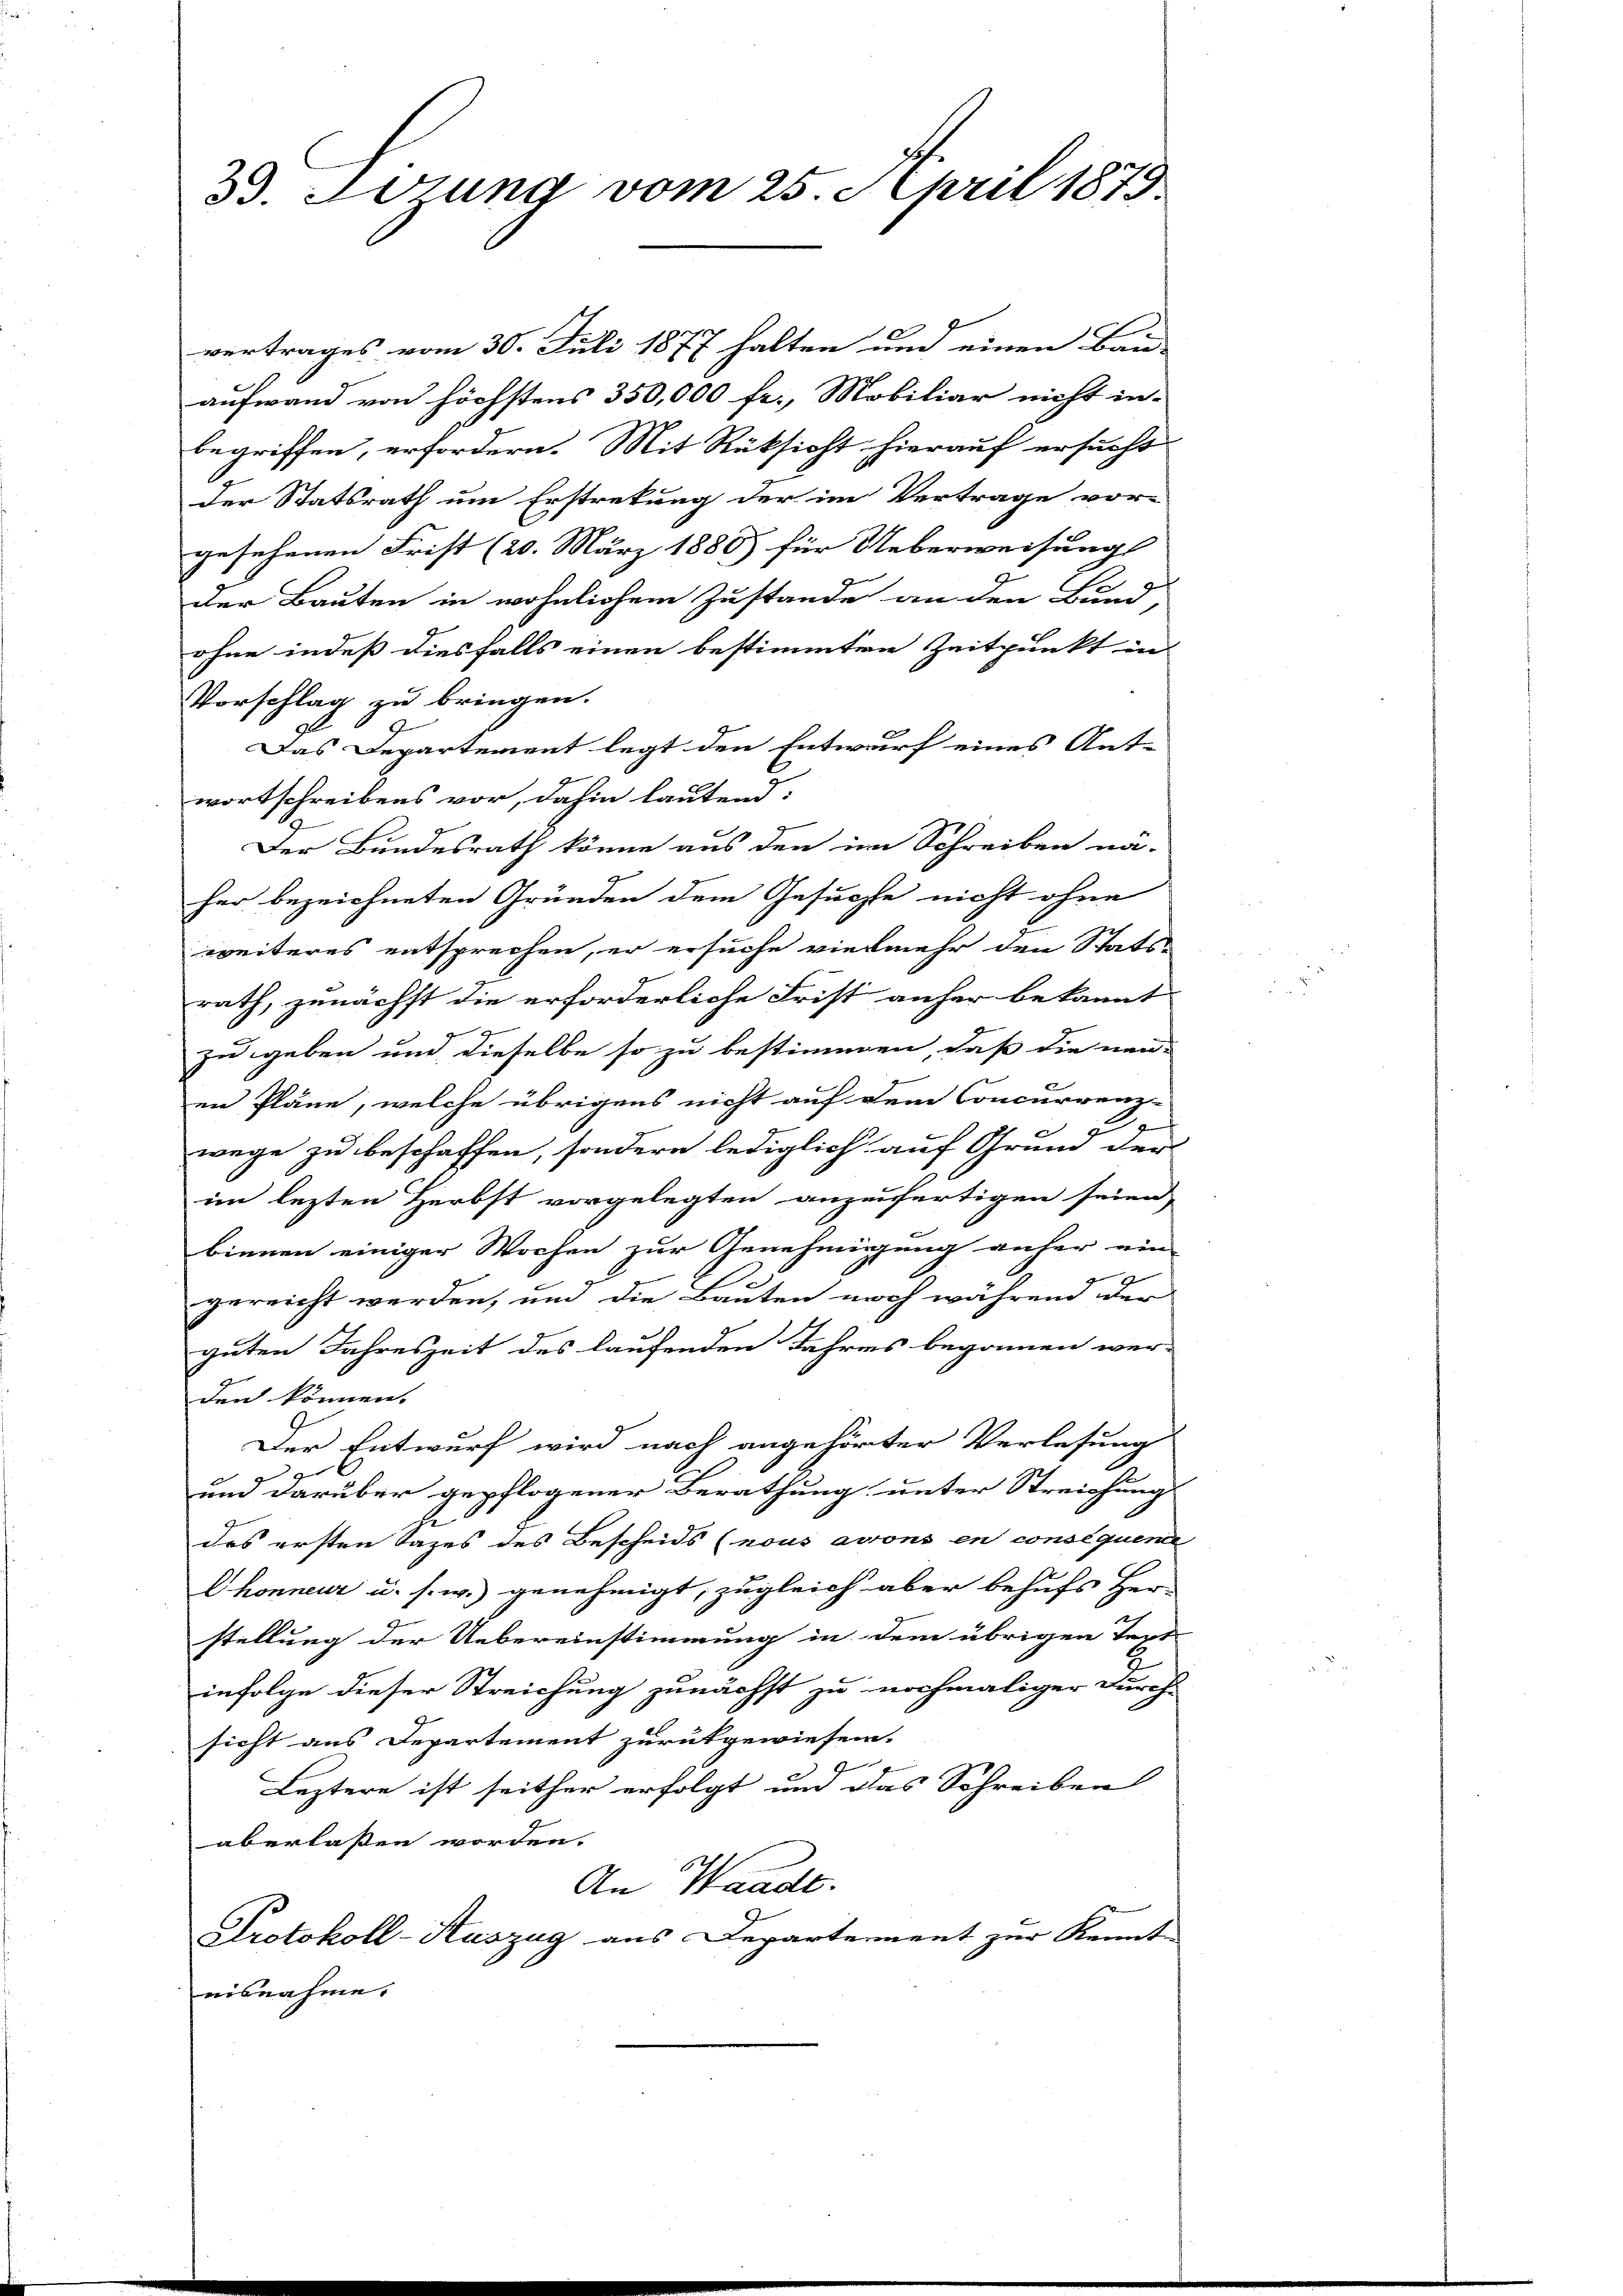
3. Wozung vom 25. April 1879

vertrages vom 30. Juli 1877 halten und einen Bau-
aufwand von höchstens 350,000 fr., Mobiliar nicht in
begriffen, erfordern. Mit Rüksicht hierauf ersucht
der Statsrath um Erstretung der im Vertrage vor-
gesehenen Frist (20. März 1880) für Ueberweisung
der Bauten in wöhnlichem Zustande an den Bund
ohne indeß diesfalls einen bestimmten Zeitpunkt in
Vorschlag zu bringen.
Das Departement legt den Entwurf eines Ant-
wortschreibens vor, dahin lautend:
Der Bundesrath könne aus den im Schreiben nä-
her bezeichneten Gründen dem Gesuchte nicht ohne
weiteres entsprechen, er ersuche vielmehr den Statsrath, zunächst die erforderliche Frist anher bekannt
9.
zu geben und dieselbe so zu bestimmen, daß die neu-
en Pläne, welche übrigens nicht auf dem Concurrenz-
2
gu
wege zu beschaffen, sondern lediglich auf Grund der
im lezten Herbst vorgelegten anzufertigen seien,
binnen einiger Wochen zur Genehmigung anher ein-
gereicht werden, und die Bauten noch während der
guten Jahreszeit des laufenden Jahres begonnen wer-
den können.
Der Entwurf wird nach angehörter Verlesung
g
um darüber gepflogener Berathung unter Streichung
des ersten Tages des Bescheids (nous avons en conséquenie
Chonneur u. s. w.) genehmigt, zugleich aber behufs Her-
stellung der Uebereinstimmung in dem übrigen Text
infolge dieser Streichung zunächst zu nochmaliger Durch-
sicht aus Departement zurückgewiesen.
Leztere ist seither erfolgt und das Schreiben
aberlassen worden.
An Wande.
Protokoll-Kuszug aus Departement zur Kennt
eisnahme.